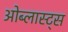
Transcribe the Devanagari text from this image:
ओब्लास्ट्स